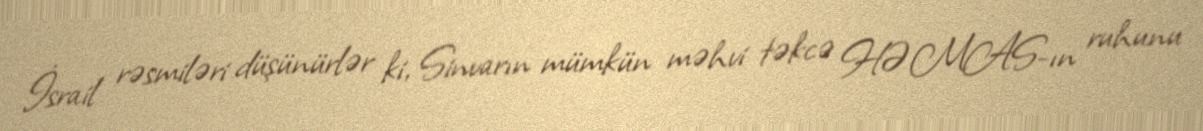
İsrail rəsmiləri düşünürlər ki, Sinvarın mümkün məhvi təkcə HƏMAS-ın ruhunu